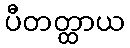
ပီတတ္ထာယ